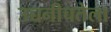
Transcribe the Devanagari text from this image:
उच्चनीचतेला